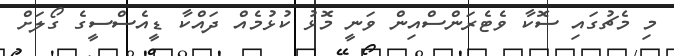
މި މެޗުގައި ސޮކާ ވެޓެރަންސްއިން ވަނީ މޮޅު ކުޅުމެއް ދައްކާ ޑީއެސްސީގެ ގޯލަށް